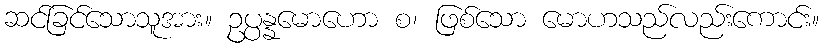
ဆင်ခြင်သောသူအား။ ဥပ္ပန္နမောဟော စ၊ ဖြစ်သော မောဟသည်လည်းကောင်း။